Report on vaccination in the Province of Bengal - 1869-1873
Year: 1869
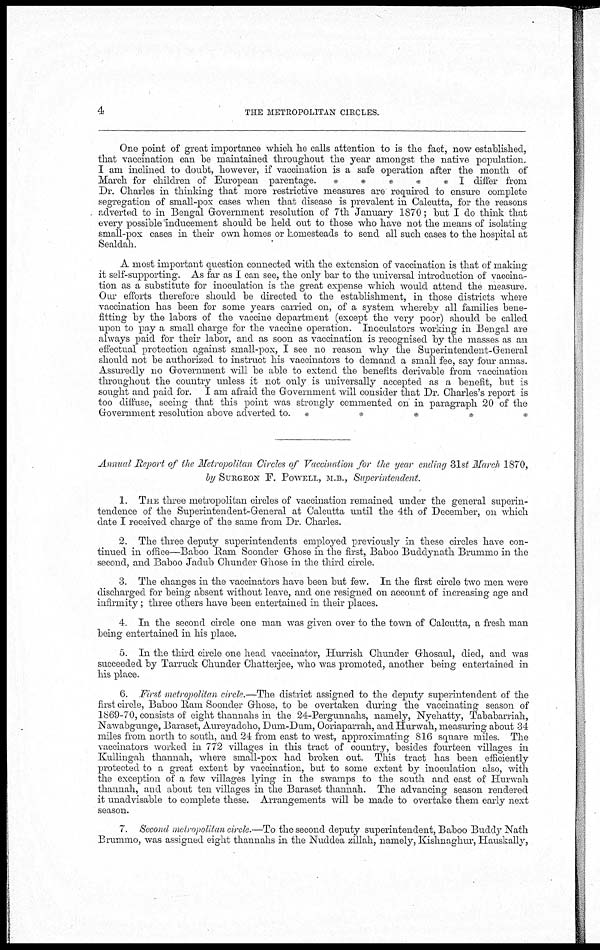
4
THE METROPOLITAN CIRCLES.
One point of great importance which he calls attention to is the fact, now established,
that vaccination can be maintained throughout the year amongst the native population.
I am inclined to doubt, however, if vaccination is a safe operation after the month of
March for children of European parentage.
*
*
*
*
* I differ from
Dr. Charles in thinking that more restrictive measures are required to ensure complete
segregation of small-pox cases when that disease is prevalent in Calcutta, for the reasons
adverted to in Bengal Government resolution of 7th January 1870; but I do think that
every possible inducement should be held out to those who have not the means of isolating
small-pox cases in their own homes or homesteads to send all such cases to the hospital at
Sealdah.
A most important question connected with the extension of vaccination is that of making
it self-supporting. As far as I can see, the only bar to the universal introduction of vaccina-
tion as a substitute for inoculation is the great expense which would attend the measure.
Our efforts therefore should be directed to the establishment, in those districts where
vaccination has been for some years carried on, of a system whereby all families bene-
fitting by the labors of the vaccine department (except the very poor) should be called
upon to pay a small charge for the vaccine operation. Inoculators working in Bengal are
always paid for their labor, and as soon as vaccination is recognised by the masses as an
effectual protection against small-pox, I see no reason why the Superintendent-General
should not be authorized to instruct his vaccinators to demand a small fee, say four annas.
Assuredly no Government will be able to extend the benefits derivable from vaccination
throughout the country unless it not only is universally accepted as a benefit, but is
sought and paid for. I am afraid the Government will consider that Dr. Charles's report is
too diffuse, seeing that this point was strongly commented on in paragraph 20 of the
Government resolution above adverted to. *
*
*
*
*
Annual Report of the Metropolitan Circles of Vaccination for the year ending 31st March 1870,
by SURGEON F. POWELL, M.B., Superintendent.
1. THE three metropolitan circles of vaccination remained under the general superin-
tendence of the Superintendent-General at Calcutta until the 4th of December, on which
date I received charge of the same from Dr. Charles.
2. The three deputy superintendents employed previously in these circles have con-
tinued in office—Baboo Ram Soonder Ghose in the first, Baboo Buddynath Brummo in the
second, and Baboo Jadub Chunder Ghose in the third circle.
3. The changes in the vaccinators have been but few. In the first circle two men were
discharged for being absent without leave, and one resigned on account of increasing age and
infirmity; three others have been entertained in their places.
4. In the second circle one man was given over to the town of Calcutta, a fresh man
being entertained in his place.
5. In the third circle one head vaccinator, Hurrish Chunder Ghosaul, died, and was
succeeded by Tarruck Chunder Chatterjee, who was promoted, another being entertained in
his place.
6. First metropolitan circle.—The district assigned to the deputy superintendent of the
first circle, Baboo Ram Soonder Ghose, to be overtaken during the vaccinating season of
1869-70, consists of eight thannahs in the 24-Pergunnahs, namely, Nyehatty, Tababarriah,
Nawabgunge, Baraset, Aureyadoho, Dum-Dum, Ooriaparrah, and Hurwah, measuring about 34
miles from north to south, and 24 from east to west, approximating 816 square miles. The
vaccinators worked in 772 villages in this tract of country, besides fourteen villages in
Kullingah thannah, where small-pox had broken out. This tract has been efficiently
protected to a great extent by vaccination, but to some extent by inoculation also, with
the exception of a few villages lying in the swamps to the south and east of Hurwah
thannah, and about ten villages in the Baraset thannah. The advancing season rendered
it unadvisable to complete these. Arrangements will be made to overtake them early next
season.
7. Second metropolitan circle.—To the second deputy superintendent, Baboo Buddy Nath
Brummo, was assigned eight thannahs in the Nuddea zillah, namely, Kishnaghur, Hauskally,